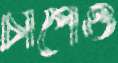
চাপেও